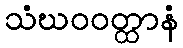
သံဃဝဝတ္ထာနံ